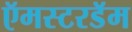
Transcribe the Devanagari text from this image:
ऍमस्टरडॅम